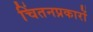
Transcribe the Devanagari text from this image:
चिंतनप्रकारों